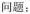
问题：